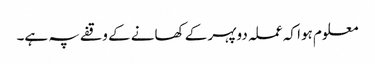
معلوم ہوا کہ عملہ دوپہر کے کھانے کے وقفے پہ ہے۔